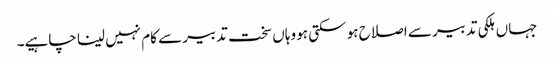
جہاں ہلکی تدبیر سے اصلاح ہو سکتی ہو وہاں سخت تدبیر سے کام نہیں لینا چاہیے۔